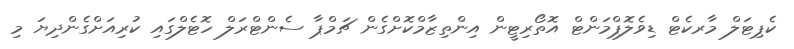
ކެޕިޓަލް މާރކެޓް ޑިވެލޮޕްމަންޓް އޮތޯރިޓީން އިންތިޒާމްކޮށްގެން ޗަމްޕާ ސެންޓްރަލް ހޮޓެލްގައި ކުރިއަށްގެންދިޔަ މި